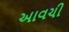
આવચી